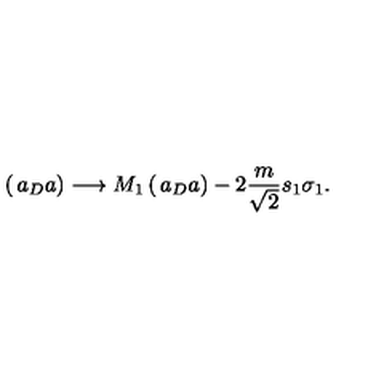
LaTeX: \left( \begin{matrix} { a _ { D } } \\ { a } \\ \end{matrix} \right) \longrightarrow M _ { 1 } \left( \begin{matrix} { a _ { D } } \\ { a } \\ \end{matrix} \right) - 2 { \frac { m } { \sqrt { 2 } } } s _ { 1 } \sigma _ { 1 } .